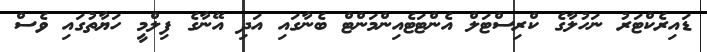
ޑައިރެކްޓަރު ނަހުލާގެ ކްރިސްޓަލް އެންޓަޓެއިންމަންޓް ބެނާގައި އަދި އޭނާގެ ފިލްމީ ހަޔާތުގައި ވެސް